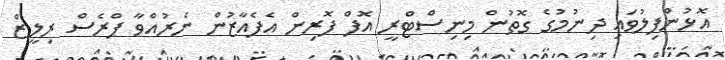
އޮޅުންފިލުވައި ދިނުމުގެ ގޮތުން މިނިސްޓްރީ އޮފް ފޮރިން އެފެއާޒުން ނެރުއްވާ ޕްރެސް ރިލީޒް